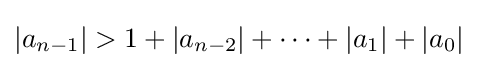
|a_{n-1}|>1+|a_{n-2}|+\cdots +|a_{1}|+|a_{0}|